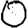
Digit: 0